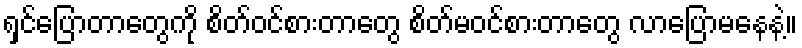
ရှင်ပြောတာတွေကို စိတ်ဝင်စားတာတွေ စိတ်မဝင်စားတာတွေ လာပြောမနေနဲ့။